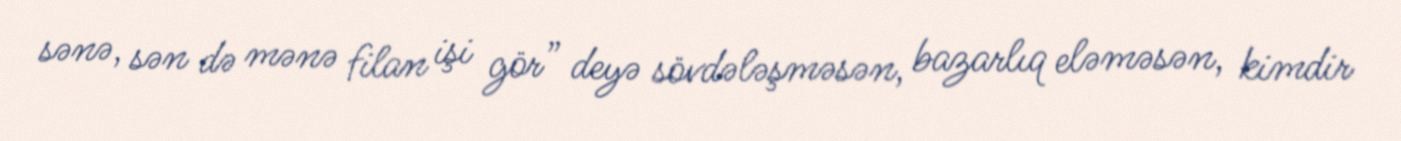
sənə, sən də mənə filan işi gör” deyə sövdələşməsən, bazarlıq eləməsən, kimdir